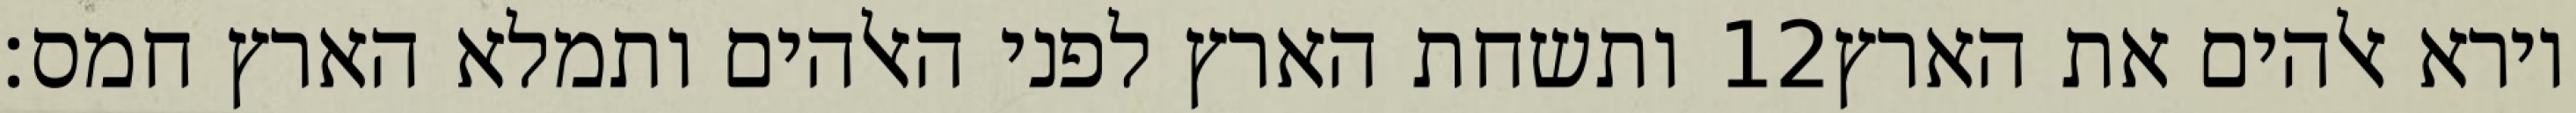
ותשחת הארץ לפני האלהים ותמלא הארץ חמס׃ ‎12‏ וירא אלהים את הארץ